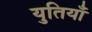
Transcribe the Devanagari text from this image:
युतियाँ